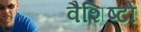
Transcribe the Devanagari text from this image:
वैशिष्टों